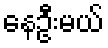
နေဦးမယ်